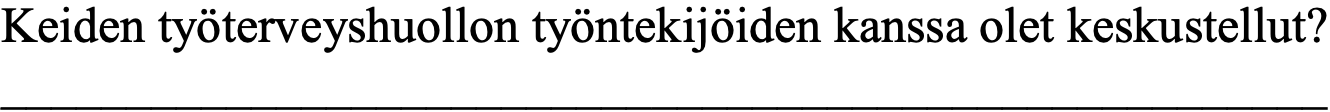
Keiden työterveyshuollon työntekijöiden kanssa olet keskustellut? _____________________________________________________